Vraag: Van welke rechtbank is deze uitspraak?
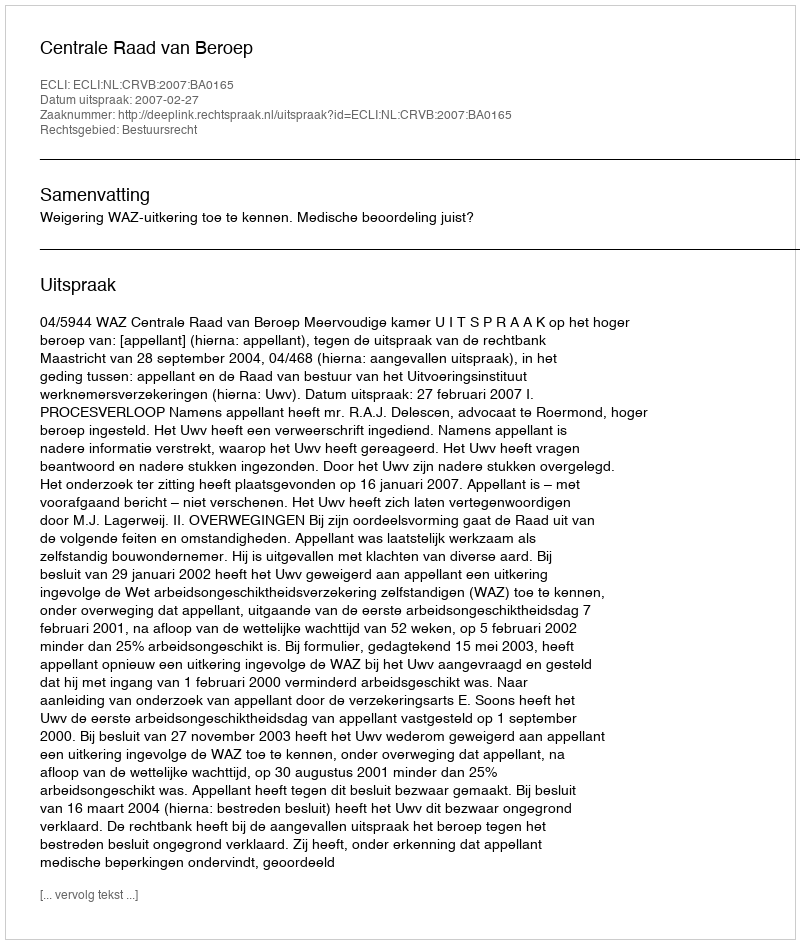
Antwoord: Centrale Raad van Beroep